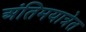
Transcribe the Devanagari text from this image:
अंतिमयात्रेत